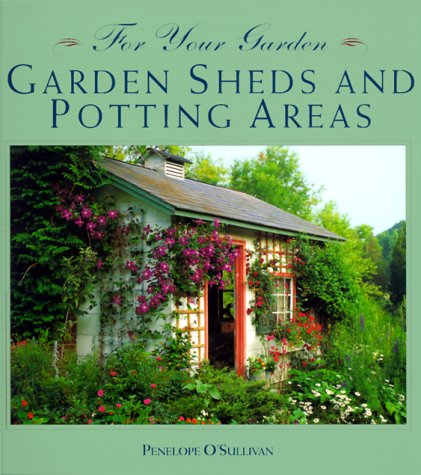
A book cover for Garden Sheds and Potting Areas (For Your Garden); Penelope O'Sullivan; Crafts, Hobbies & Home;